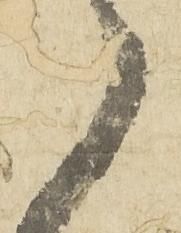
之